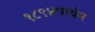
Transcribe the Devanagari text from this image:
१८९४पार्कर